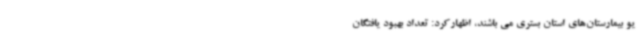
یو بیمارستان‌های استان بستری می باشند، اظهارکرد: تعداد بهبود یافتگان